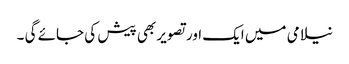
نیلامی میں ایک اور تصویر بھی پیش کی جائے گی ۔